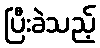
ပြီးခဲသည့်